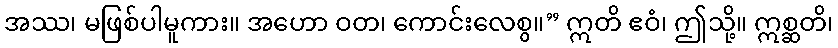
အဿ၊ မဖြစ်ပါမူကား။ အဟော ဝတ၊ ကောင်းလေစွ။” ဣတိ ဧဝံ၊ ဤသို့။ ဣစ္ဆတိ၊